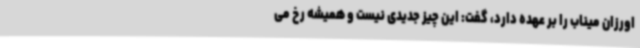
اورزان میناب را بر عهده دارد، گفت: این چیز جدیدی نیست و همیشه رخ می